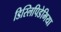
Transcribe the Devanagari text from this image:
डिस्लिपिडेमिया